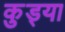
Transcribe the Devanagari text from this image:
कुड्या